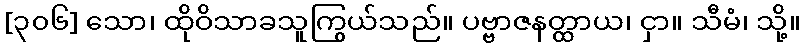
[၃၀၆] သော၊ ထိုဝိသာခသူကြွယ်သည်။ ပဗ္ဗာဇနတ္ထာယ၊ ငှာ။ သီမံ၊ သို့။